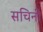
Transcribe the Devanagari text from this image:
सचिनी